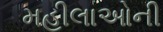
મહીલાઓની